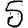
Digit: 5